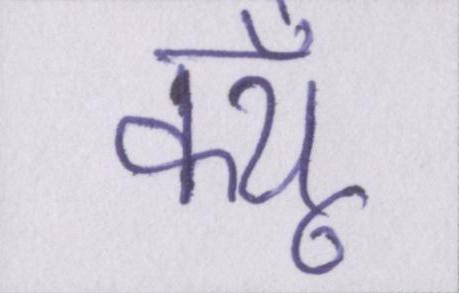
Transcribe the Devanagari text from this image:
क्यूँ